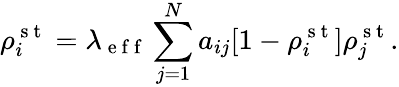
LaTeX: \rho_{i}^{\mathrm{~s~t~}}=\lambda_{\mathrm{~e~f~f~}}\sum_{j=1}^{N}a_{ij}[1-\rho_{i}^{\mathrm{~s~t~}}]\rho_{j}^{\mathrm{~s~t~}}.